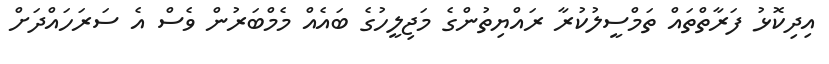
އިދިކޮޅު ފަރާތްތައް ތަމްސީލުކުރާ ރައްޔިތުންގެ މަޖިލީހުގެ ބައެއް މެމްބަރުން ވެސް އެ ސަރަހައްދަށް